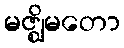
မဇ္ဈိမတော